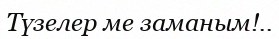
Түзелер ме заманым!..